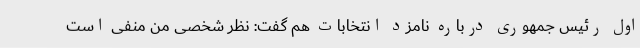
اول رئیس جمهوری درباره نامزد انتخابات هم گفت: نظر شخصی من منفی است